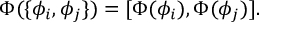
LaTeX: \Phi ( \{ \phi _ { i } , \phi _ { j } \} ) = [ \Phi ( \phi _ { i } ) , \Phi ( \phi _ { j } ) ] .